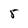
Character: 5